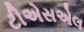
ટીએસએલ